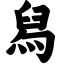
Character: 舄